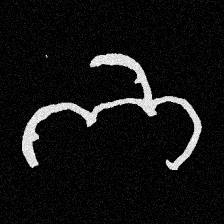
Pyu character \u2014 Myanmar letter: ဘ (romanized: bha)